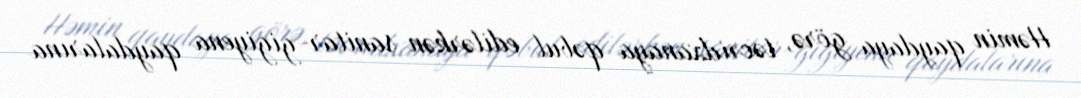
Həmin qaydaya görə, təcridxanaya qəbul edilərkən sanitar-gigiyena qaydalarına